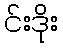
င်းဒိုး